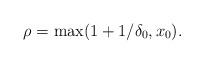
LaTeX: \begin{align*}\rho = \max(1 + 1/\delta_0,x_0).\end{align*}